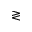
\gtrless